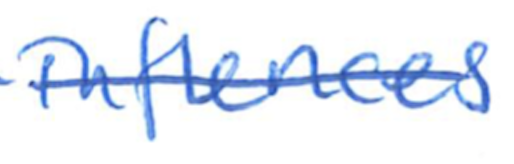
Text: influences
Cross-out: single-line
Writing tool: ballpoint